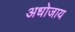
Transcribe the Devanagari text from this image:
अधोजाय